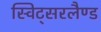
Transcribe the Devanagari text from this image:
स्विट्सरलैण्ड